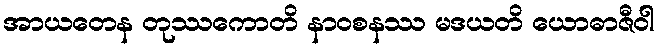
အာယတေန တုဿကောတိ နာဝစနဿ မဒယတိ ယောဓာဇီဝါ